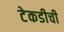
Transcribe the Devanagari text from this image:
टेकडीची